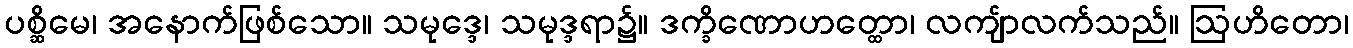
ပစ္ဆိမေ၊ အနောက်ဖြစ်သော။ သမုဒ္ဒေ၊ သမုဒ္ဒရာ၌။ ဒက္ခိဏောဟတ္ထော၊ လကျ်ာလက်သည်။ ဩဟိတော၊